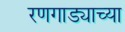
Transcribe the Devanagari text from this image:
रणगाड्याच्या